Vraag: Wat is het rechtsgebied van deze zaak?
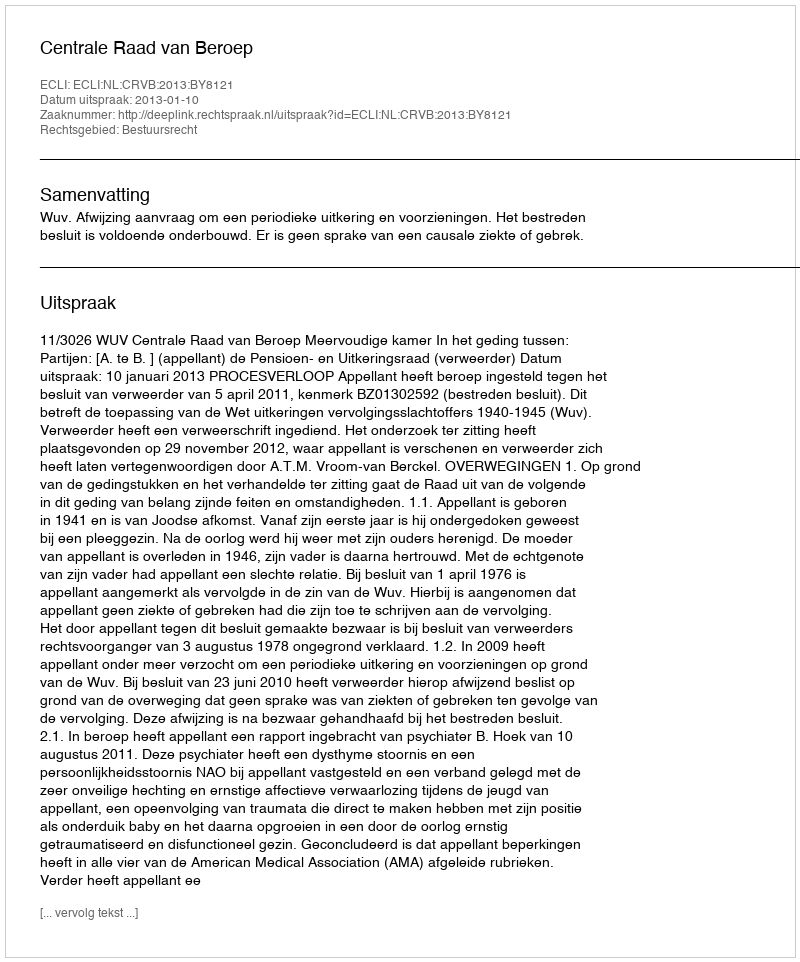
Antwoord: Bestuursrecht